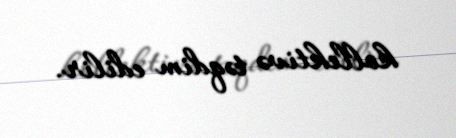
kollektivə təqdim edilir.